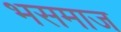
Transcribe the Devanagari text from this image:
भसमाज